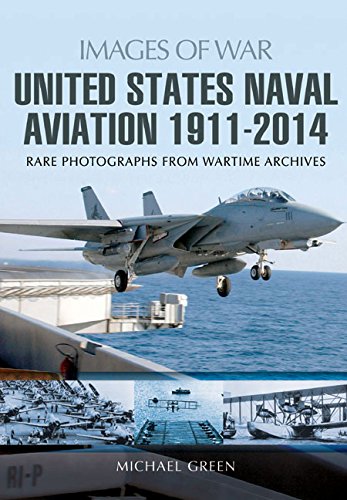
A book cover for United States Naval Aviation 1911 - 2014 (Images of War); Michael Green; Arts & Photography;